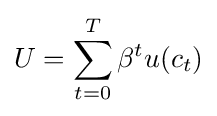
U=\sum _{t=0}^{T}\beta ^{t}u(c_{t})